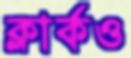
ক্লার্কও